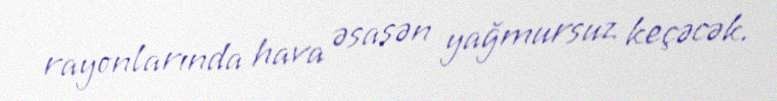
rayonlarında hava əsasən yağmursuz keçəcək.